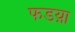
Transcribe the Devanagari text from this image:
फडय़ा